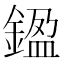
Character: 𨩙